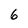
Character: 6